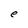
Character: e